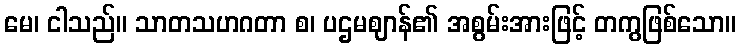
မေ၊ ငါသည်။ သာတသဟဂတာ စ၊ ပဌမဈာန်၏ အစွမ်းအားဖြင့် တကွဖြစ်သော။